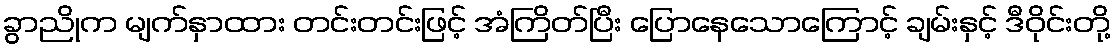
ခွာညိုက မျက်နှာထား တင်းတင်းဖြင့် အံကြိတ်ပြီး ပြောနေသောကြောင့် ချမ်းနှင့် ဒီဝိုင်းတို့